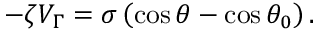
- \zeta V _ { \Gamma } = \sigma \left( \cos \theta - \cos \theta _ { 0 } \right) .